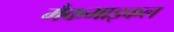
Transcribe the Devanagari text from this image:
मैकमाइकल